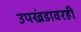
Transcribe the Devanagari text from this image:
उपखंडावरही